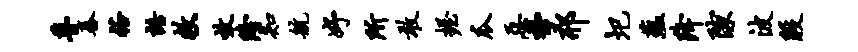
瞢舂裕语救效隆知航妤所敢握瓜恶季邢圯蕴降隙波殷